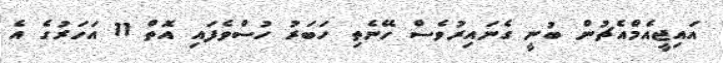
އައިޖީއެމްއެޗުން ބުނީ ގެނައިރުވެސް ހޭނެތި ހަބަރު ހުސްވެފައި އޮތް 11 އަހަރުގެ އެ